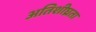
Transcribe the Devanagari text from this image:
अतिशीघ्रता